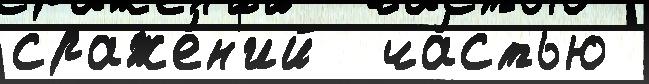
сраже́н'ий  ча́стью